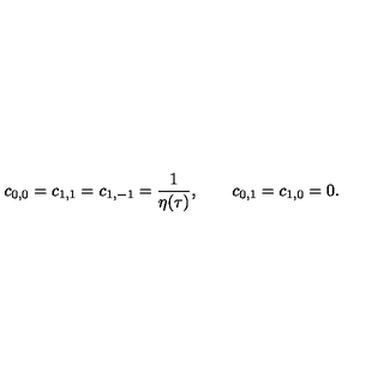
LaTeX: c _ { 0 , 0 } = c _ { 1 , 1 } = c _ { 1 , - 1 } = { \frac { 1 } { \eta ( \tau ) } } , \qquad c _ { 0 , 1 } = c _ { 1 , 0 } = 0 .